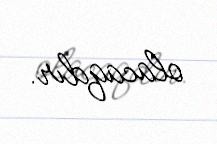
olacaqdır.